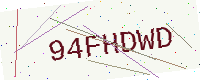
Text: 94FHDWD